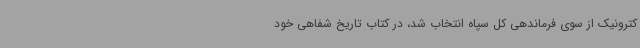
کترونیک از سوی فرماندهی کل سپاه انتخاب شد، در کتاب تاریخ شفاهی خود